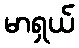
မာရှယ်